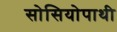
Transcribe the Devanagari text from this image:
सोसियोपाथी